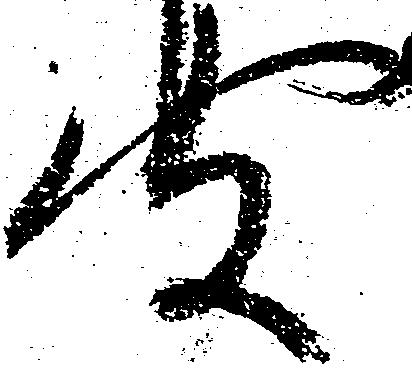
聞